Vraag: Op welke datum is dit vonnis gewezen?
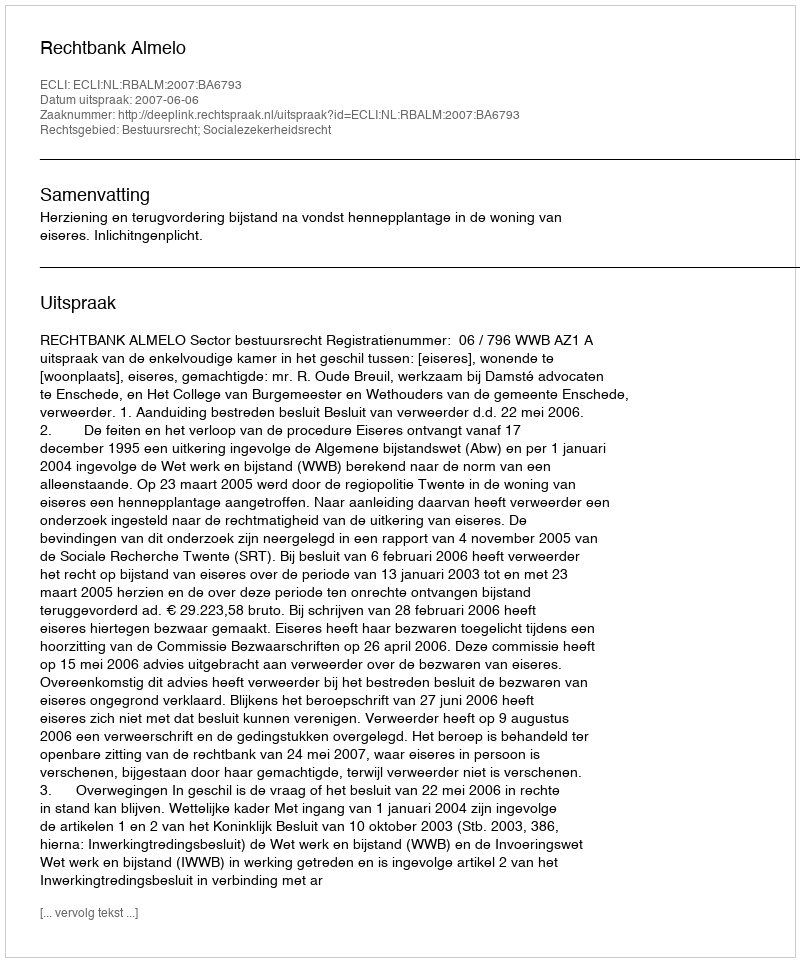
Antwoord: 2007-06-06